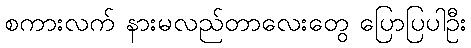
စကားလက် နားမလည်တာလေးတွေ ပြောပြပါဦး